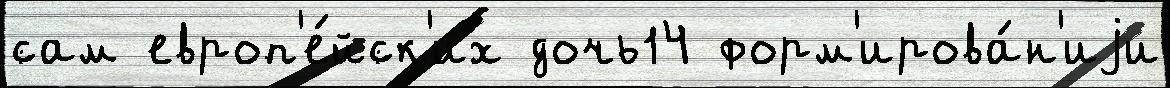
сам европ'е́йск'их дочь14 форм'ирова́н'иjи